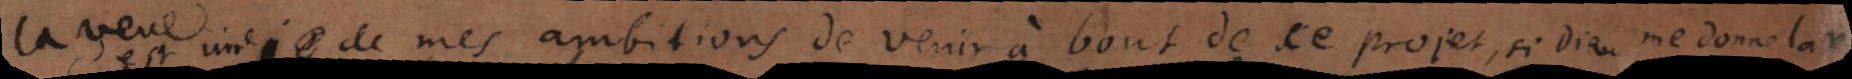
C’est une de mes ambitions de venir à bout de ce projet que je ne